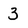
Character: 3